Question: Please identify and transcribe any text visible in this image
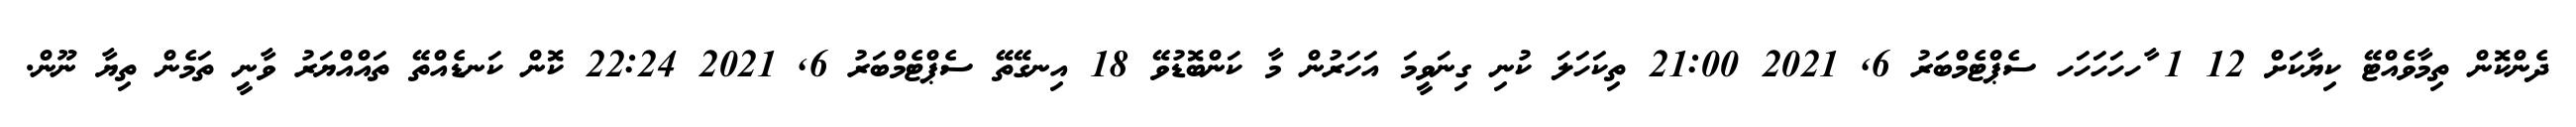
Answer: ދެންކޮން ތިމާވެއްޓޭ ކިޔާކަށް 12 1 ާހހަހަހަހ ސެޕްޓެމްބަރު 6, 2021 21:00 ތިކަހަލަ ކުނި ގިނަވީމަ އަހަރުން މާ ކަންބޮޑުވޭ 18 އިނގޭތޭ ސެޕްޓެމްބަރު 6, 2021 22:24 ކޮން ކަނޑެއްތޭ ތައްއްޔަރު ވާނީ ތަމެން ތިޔާ ނޫން.